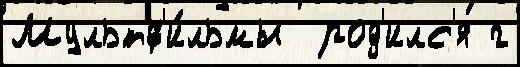
Мультф'и́льмы  род'илс'я г